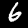
Label: 6